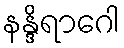
နန္ဒိရာဂေါ